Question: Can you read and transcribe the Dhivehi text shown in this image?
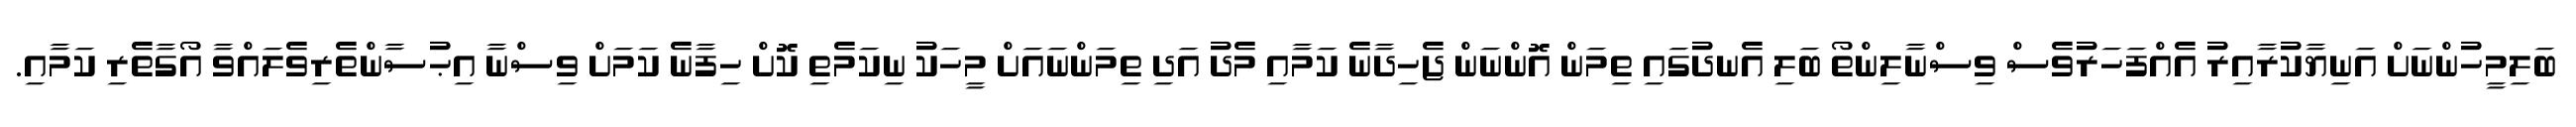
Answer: ބަލިމީހުންނަށް އަނިޔާކުރާއިރު އެއްފަހަރުވެސް ވިސްނާލިންތޯ ބަލި އެނދުގައި ތިމަން އޮންނަން ޖެހިދާނެ ކަމާއި މެދު އަދި ތިމަންނައަށް މީހަކު ނިކަމެތި ކޮށް ހިފާނެ ކަމަށް ވިސްނާ އިޙުސާންތެރިވެލައްވާ އޯގާތެރި ކަމާއި.